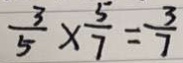
\frac { 3 } { 5 } \times \frac { 5 } { 7 } = \frac { 3 } { 7 }